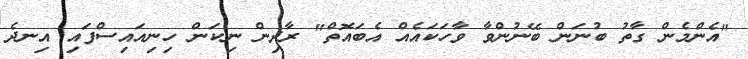
"އެންމެން ގާތު ބުނަން ބޭނުންވާ ވާހަކައެއް އެބައޮތް" ރާދިން ނިކަން ހިނިއައިސްފައި އިނދެ